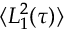
\langle L _ { 1 } ^ { 2 } ( \tau ) \rangle